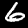
Digit: 6